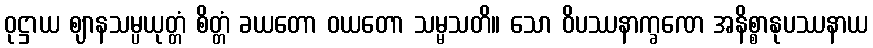
ဝုဋ္ဌာယ ဈာနသမ္ပယုတ္တံ စိတ္တံ ခယတော ဝယတော သမ္မသတိ။ သော ဝိပဿနာက္ခဏေ အနိစ္စာနုပဿနာယ